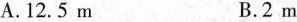
A.12.5m B.2m